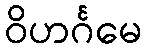
ဝိဟင်္ဂမေ